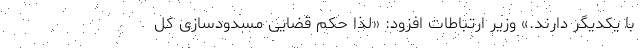
با یکدیگر دارند.» وزیر ارتباطات افزود:‌ «لذا حکم قضایی مسدودسازی کل